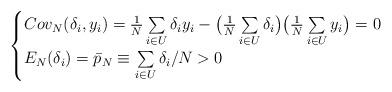
LaTeX: \begin{gather*}\begin{cases} Cov_N(\delta_i, y_i) = \frac{1}{N} \sum\limits_{i\in U} \delta_i y_i - \big( \frac{1}{N} \sum\limits_{i\in U} \delta_i \big) \big( \frac{1}{N} \sum\limits_{i\in U} y_i \big) = 0 \\E_N(\delta_i) = \bar{p}_N \equiv \sum\limits_{i\in U} \delta_i/N > 0 \end{cases}\end{gather*}